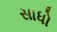
સાધો